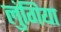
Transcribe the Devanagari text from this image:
लुंगिया